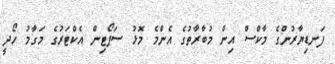
ފަނޑިޔާރުންގެ މާކްސް އިން މުބާރާތުގެ އެންމެ މޮޅު ސަޕޯޓިން އެކްޓަރުގެ މަގާމު ހޯދީ